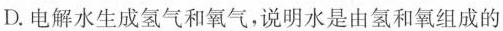
D.电解水生成氢气和氧气，说明水是由氢和氧组成的